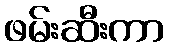
ဖမ်းဆီးကာ